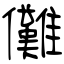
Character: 儺